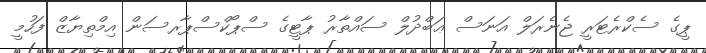
ޕީގެ ސެކްރެޓަރީ ޖެނެރަލް އަނަސް ޢަބްދުލް ސައްތާރު ޕާޓީގެ ސްޕޯކްސްޕާރސަން އިމްތިޔާޒް ފަހުމީ